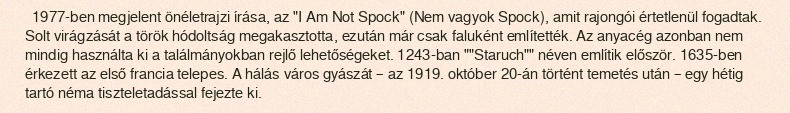
1977-ben megjelent önéletrajzi írása, az "I Am Not Spock" (Nem vagyok Spock), amit rajongói értetlenül fogadtak. Solt virágzását a török hódoltság megakasztotta, ezután már csak faluként említették. Az anyacég azonban nem mindig használta ki a találmányokban rejlő lehetőségeket. 1243-ban ""Staruch"" néven említik először. 1635-ben érkezett az első francia telepes. A hálás város gyászát – az 1919. október 20-án történt temetés után – egy hétig tartó néma tiszteletadással fejezte ki.